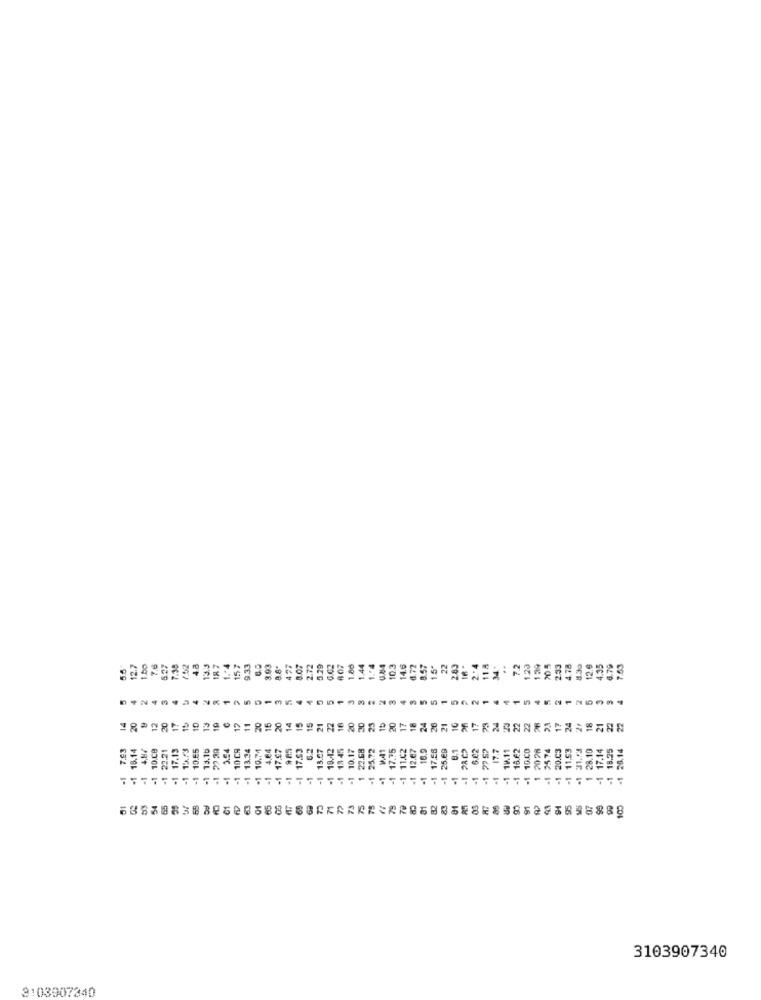
118
1.bo
76
527
7.30
4.8
13.3
187
1 .- 4
157
9.33
3.03
477
8.07
2.72
3.29
G.02
807
1.86
1.44
1.º4
10.3
14.6
8.72
8.57
1.5*
22
2.83
2.4
7.2
1.23
139
205
2.33
4.78
4.30
12.6
4.35
0.79
5
4
5
10
13
19
c
17
16
20
14
15
15
21
22
20
20
23
20
17
18
26
21
17
24
7.93
15.14
22.21
17.13
3.10
-1 10 C9
-1 13.34
=1 10.74
4.64
-1 17.97
9 85
-1. 17.53
6.2
13.07
18.12
18 45
10.17
22.68
-1 25.72
W.41
17.75
11.62
12.67
18.9
17.58
25.69
8.1
1 17.7
-1 16.62
10.00
20 28
20.03
-1 11.53
-1 31.53
28.10
17.14
18.25
-1 28.14
10.ce
1 6.42
-1 10.11
2574
.1
-1
-1
63
65
82
03
91
98
95
07
6817883888888888888 <<<<<<<<<<<<<<**** 8888898888
3103907340
3103907340